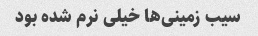
سیب زمینی‌ها خیلی نرم شده بود